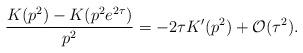
LaTeX: \begin{align*}\frac{K(p^2)-K(p^2e^{2\tau})}{p^2}=-2\tau K'(p^2)+{\cal O}(\tau^2).\end{align*}